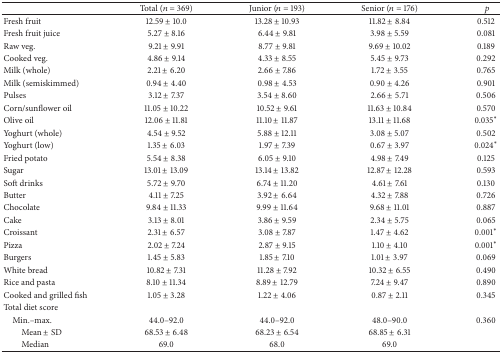
<table><thead><tr><td><b> </b></td><td><b>Total (<i>n</i> = 369)</b></td><td><b>Junior (<i>n</i> = 193)</b></td><td><b>Senior (<i>n</i> = 176)</b></td><td><b> <i>p</i></b></td></tr></thead><tbody><tr><td>Fresh fruit</td><td>12.59 ± 10.0</td><td>13.28 ± 10.93</td><td>11.82 ± 8.84</td><td>0.512</td></tr><tr><td>Fresh fruit juice</td><td>5.27 ± 8.16</td><td>6.44 ± 9.81</td><td>3.98 ± 5.59</td><td>0.081</td></tr><tr><td>Raw veg.</td><td>9.21 ± 9.91</td><td>8.77 ± 9.81</td><td>9.69 ± 10.02</td><td>0.189</td></tr><tr><td>Cooked veg.</td><td>4.86 ± 9.14</td><td>4.33 ± 8.55</td><td>5.45 ± 9.73</td><td>0.292</td></tr><tr><td>Milk (whole)</td><td>2.21 ± 6.20</td><td>2.66 ± 7.86</td><td>1.72 ± 3.55</td><td>0.765</td></tr><tr><td>Milk (semiskimmed)</td><td>0.94 ± 4.40</td><td>0.98 ± 4.53</td><td>0.90 ± 4.26</td><td>0.901</td></tr><tr><td>Pulses</td><td>3.12 ± 7.37</td><td>3.54 ± 8.60</td><td>2.66 ± 5.71</td><td>0.506</td></tr><tr><td>Corn/sunflower oil</td><td>11.05 ± 10.22</td><td>10.52 ± 9.61</td><td>11.63 ± 10.84</td><td>0.570</td></tr><tr><td>Olive oil</td><td>12.06 ± 11.81</td><td>11.10 ± 11.87</td><td>13.11 ± 11.68</td><td>0.035<sup><i>∗</i></sup></td></tr><tr><td>Yoghurt (whole)</td><td>4.54 ± 9.52</td><td>5.88 ± 12.11</td><td>3.08 ± 5.07</td><td>0.502</td></tr><tr><td>Yoghurt (low)</td><td>1.35 ± 6.03</td><td>1.97 ± 7.39</td><td>0.67 ± 3.97</td><td>0.024<sup><i>∗</i></sup></td></tr><tr><td>Fried potato</td><td>5.54 ± 8.38</td><td>6.05 ± 9.10</td><td>4.98 ± 7.49</td><td>0.125</td></tr><tr><td>Sugar</td><td>13.01 ± 13.09</td><td>13.14 ± 13.82</td><td>12.87 ± 12.28</td><td>0.593</td></tr><tr><td>Soft drinks</td><td>5.72 ± 9.70</td><td>6.74 ± 11.20</td><td>4.61 ± 7.61</td><td>0.130</td></tr><tr><td>Butter</td><td>4.11 ± 7.25</td><td>3.92 ± 6.64</td><td>4.32 ± 7.88</td><td>0.726</td></tr><tr><td>Chocolate</td><td>9.84 ± 11.33</td><td>9.99 ± 11.64</td><td>9.68 ± 11.01</td><td>0.887</td></tr><tr><td>Cake</td><td>3.13 ± 8.01</td><td>3.86 ± 9.59</td><td>2.34 ± 5.75</td><td>0.065</td></tr><tr><td>Croissant</td><td>2.31 ± 6.57</td><td>3.08 ± 7.87</td><td>1.47 ± 4.62</td><td>0.001<sup><i>∗</i></sup></td></tr><tr><td>Pizza</td><td>2.02 ± 7.24</td><td>2.87 ± 9.15</td><td>1.10 ± 4.10</td><td>0.001<sup><i>∗</i></sup></td></tr><tr><td>Burgers</td><td>1.45 ± 5.83</td><td>1.85 ± 7.10</td><td>1.01 ± 3.97</td><td>0.069</td></tr><tr><td>White bread</td><td>10.82 ± 7.31</td><td>11.28 ± 7.92</td><td>10.32 ± 6.55</td><td>0.490</td></tr><tr><td>Rice and pasta</td><td>8.10 ± 11.34</td><td>8.89 ± 12.79</td><td>7.24 ± 9.47</td><td>0.890</td></tr><tr><td>Cooked and grilled fish</td><td>1.05 ± 3.28</td><td>1.22 ± 4.06</td><td>0.87 ± 2.11</td><td>0.345</td></tr><tr><td>Total diet score</td><td> </td><td> </td><td> </td><td> </td></tr><tr><td> Min.–max.</td><td>44.0–92.0</td><td>44.0–92.0</td><td>48.0–90.0</td><td>0.360</td></tr><tr><td>Mean ± SD</td><td>68.53 ± 6.48</td><td>68.23 ± 6.54</td><td>68.85 ± 6.31</td><td> </td></tr><tr><td>Median</td><td>69.0</td><td>68.0</td><td>69.0</td><td> </td></tr></tbody></table>